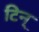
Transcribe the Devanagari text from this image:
टिन्